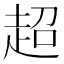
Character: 超